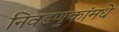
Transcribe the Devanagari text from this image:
निवडणुकांमधे